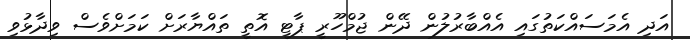
އަދި އެމަސައްކަތުގައި އެއްބާރުލުން ދޭން ޖުމްހޫރީ ޕާޓީ އޮތީ ތައްޔާރަށް ކަމަށްވެސް ވިދާޅުވި